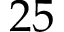
2 5